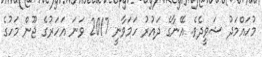
މުހައްމަދު ޝަވީދެވެ. އޭނާގެ ދައުރު ހަމަވާނީ 2017 ވަނަ އަހަރުގެ ޖޫން މަހުގެ